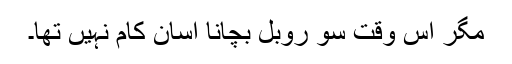
مگر اس وقت سو روبل بچانا آسان کام نہیں تھا۔